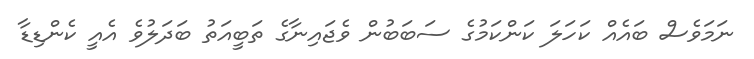
ނަމަވެސް ބައެއް ކަހަލަ ކަންކަމުގެ ސަބަބުން ވެޖައިނާގެ ތަބީއަތު ބަދަލުވެ އެއީ ކެންޑިޑާ